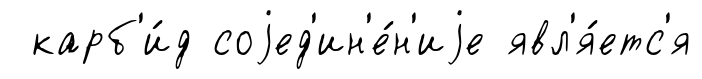
карб'и́д соjед'ин'е́н'иjе явл'я́етс'я